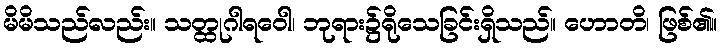
မိမိသည်လည်း။ သတ္ထုဂါရဝေါ၊ ဘုရား၌ရိုသေခြင်းရှိသည်။ ဟောတိ၊ ဖြစ်၏။